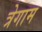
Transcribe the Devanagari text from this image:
त्रेगाम